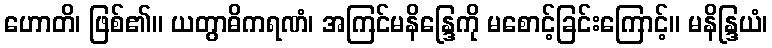
ဟောတိ၊ ဖြစ်၏။ ယတွာဓိကရဏံ၊ အကြင်မနိန္ဒြေကို မစောင့်ခြင်းကြောင့်။ မနိန္ဒြယံ၊